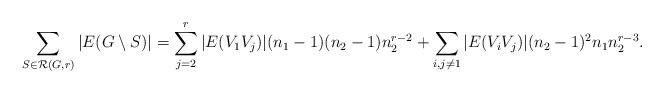
LaTeX: \begin{align*}\sum_{S\in \mathcal{R}(G,r)} |E(G \setminus S)| = \sum_{j=2}^r |E(V_1V_j)|(n_1-1)(n_2-1)n_2^{r-2} + \sum_{i,j\neq 1} |E(V_iV_j)|(n_2-1)^2n_1n_2^{r-3}.\end{align*}